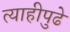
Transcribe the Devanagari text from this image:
त्याहीपुढे